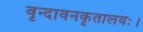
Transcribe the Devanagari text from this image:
वृन्दावनकृतालयः।